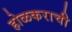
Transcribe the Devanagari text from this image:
होळकराची